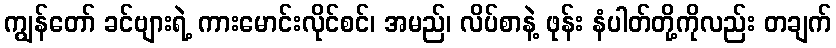
ကျွန်တော် ခင်ဗျားရဲ့ ကားမောင်းလိုင်စင်၊ အမည်၊ လိပ်စာနဲ့ ဖုန်း နံပါတ်တို့ကိုလည်း တချက်